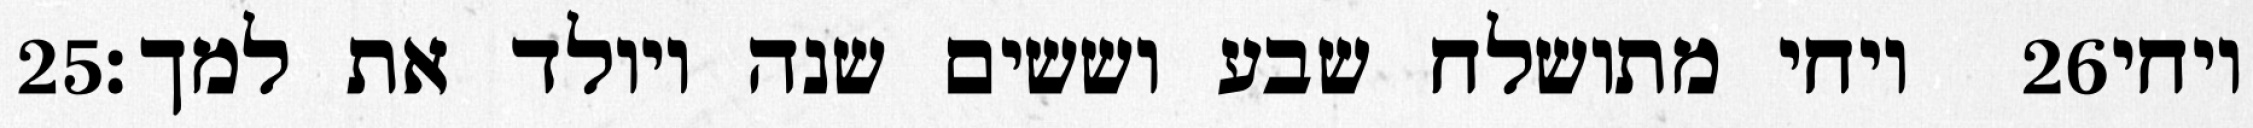
‎25‏ ויחי מתושלח שבע וששים שנה ויולד את למך׃ ‎26‏ ויחי